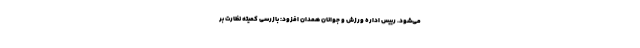
می‌شود. رییس اداره ورزش و جوانان همدان افزود: بازرسی کمیته نظارت بر